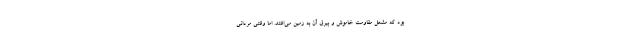
بود که مشعل مقاومت خاموش و بیرق آن به زمین می‌افتد. اما وقتی مردانی